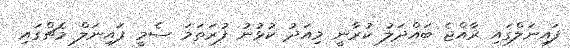
ފައިނަލްގައި ރާއްޖެ ބައްދަލު ކުރާނީ މިއަދު ކުޅުނު ފުރަތަމަ ސެމީ ފައިނަލް މެޗްގައި